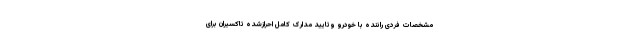
مشخصات فردی راننده با خودرو وتایید مدارک کامل احرازشده تاکسیران برای